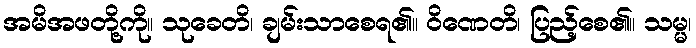
အမိအဖတို့ကို။ သုခေတိ၊ ချမ်းသာစေရ၏။ ဝိဏေတိ၊ ပြည့်စေ၏။ သမ္မ၊